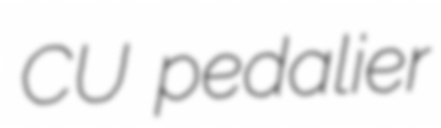
CU pedalier